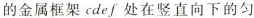
的金属框架cdef处在竖直向下的匀